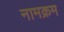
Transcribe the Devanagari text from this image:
नामक्रम